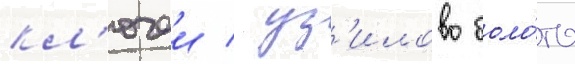
кл'ючеи / уз'илово боло́то